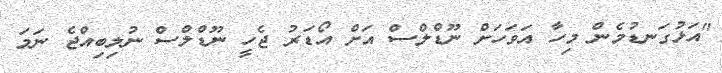
"އަޅުގަނޑުމެން މިހާ އަވަހަށް ނޫޑްލްސް އަށް އޯޑަރު ޖެހީ ނޫޑްލްސް ނުލިބިއްޖެ ނަމަ